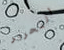
التحرير